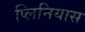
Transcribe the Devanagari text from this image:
प्लिनियास